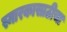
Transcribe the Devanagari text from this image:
स्मारकासाठीचा